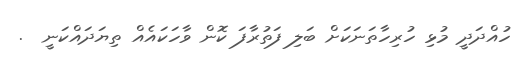
ހުއްދަދީ މުޅި ހުރިހާތަނަކަށް ބަލި ފަތުރާފަ ކޮން ވާހަކައެއް ތިޔަދައްކަނީ  .